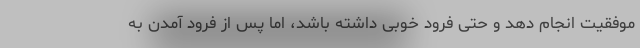
موفقیت انجام دهد و حتی فرود خوبی داشته باشد، اما پس از فرود آمدن به